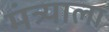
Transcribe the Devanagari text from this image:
मंत्र्याला